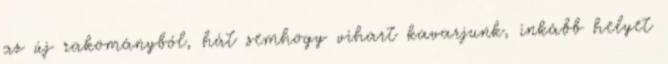
az új rakományból, hát semhogy vihart kavarjunk, inkább helyet